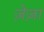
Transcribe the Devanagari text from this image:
ज़ेज़ा